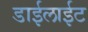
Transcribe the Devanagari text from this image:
डाईलाईट